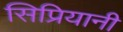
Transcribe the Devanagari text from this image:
सिप्रियानी